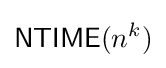
{\mathsf {NTIME}}(n^{k})